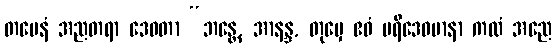
တမေနံ အညတရာ ဒေဝတာ “ဘန္တေ, အာနန္ဒ, တုမှေ ဧဝံ ပရိဒေဝမာနာ ကထံ အညေ